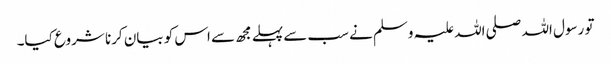
تو رسول اللہ صلی اللہ علیہ وسلم نے سب سےپہلے مجھ سے اس کو بیان کرنا شروع کیا۔